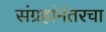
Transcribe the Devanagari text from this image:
संग्रहांनंतरचा